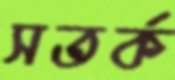
সতর্ক